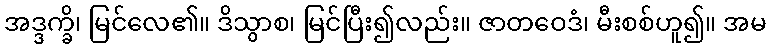
အဒ္ဒက္ခိ၊ မြင်လေ၏။ ဒိသွာစ၊ မြင်ပြီး၍လည်း။ ဇာတဝေဒံ၊ မီးစစ်ဟူ၍။ အမ